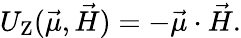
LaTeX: U_{\mathrm{Z}}(\vec{\mu},\vec{H})=-\vec{\mu}\cdot\vec{H}.